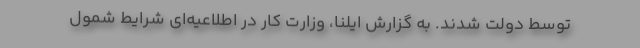
توسط دولت شدند. به گزارش ایلنا، وزارت کار در اطلاعیه‌ای شرایط شمول